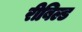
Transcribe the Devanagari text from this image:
रीबिल्ड